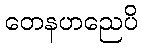
တေနဟညေပိ